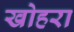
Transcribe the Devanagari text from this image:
खोहरा